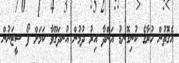
އެގޮތުން ހުރާގެ ކުނިގޮނޑު އަންދާ އިރު ދުމުން އުނދަގޫވާ ކަމަށް ފޯ ސީޒަނުން